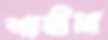
শামীমা